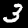
Digit: 3